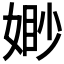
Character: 𭒈